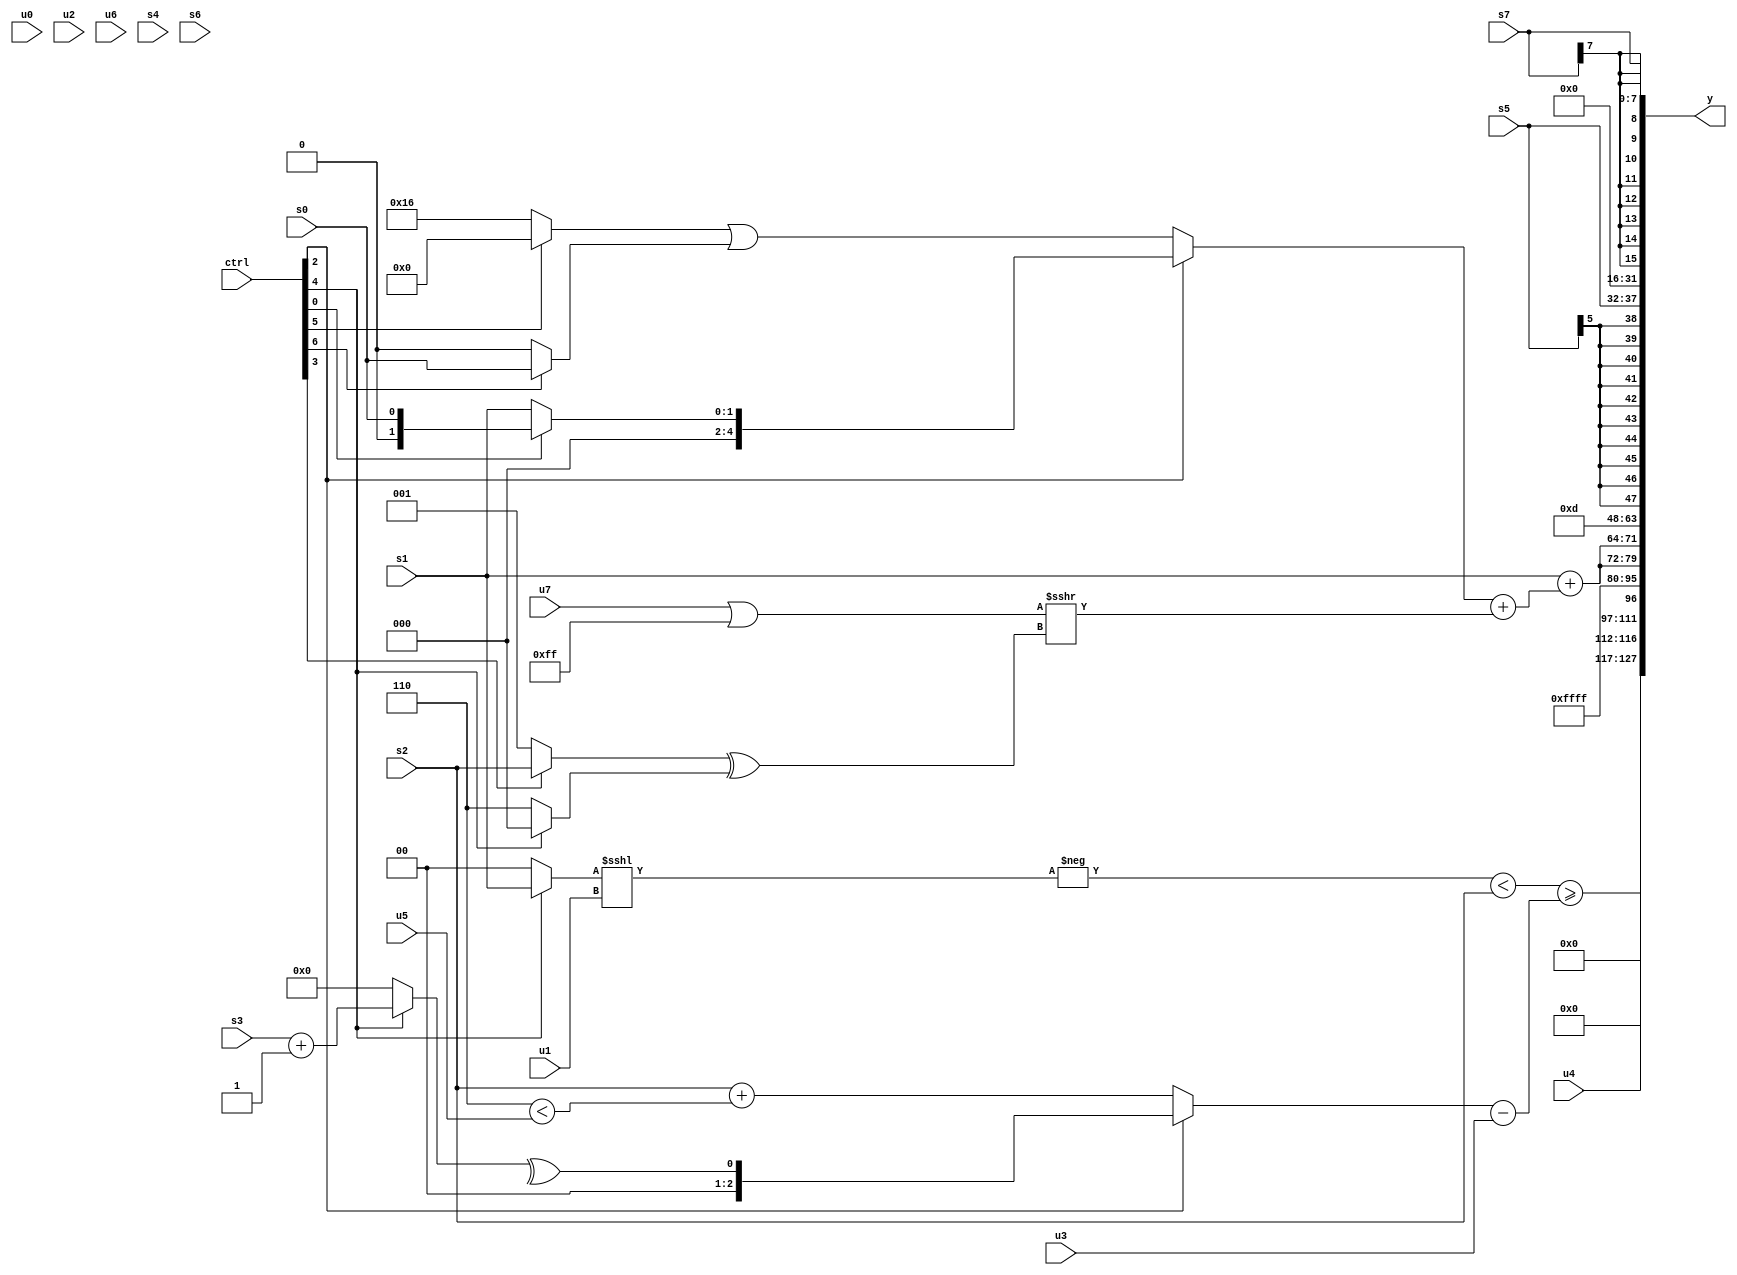
module wideexpr_00171(ctrl, u0, u1, u2, u3, u4, u5, u6, u7, s0, s1, s2, s3, s4, s5, s6, s7, y);
  input [7:0] ctrl;
  input [0:0] u0;
  input [1:0] u1;
  input [2:0] u2;
  input [3:0] u3;
  input [4:0] u4;
  input [5:0] u5;
  input [6:0] u6;
  input [7:0] u7;
  input signed [0:0] s0;
  input signed [1:0] s1;
  input signed [2:0] s2;
  input signed [3:0] s3;
  input signed [4:0] s4;
  input signed [5:0] s5;
  input signed [6:0] s6;
  input signed [7:0] s7;
  output [127:0] y;
  wire [15:0] y0;
  wire [15:0] y1;
  wire [15:0] y2;
  wire [15:0] y3;
  wire [15:0] y4;
  wire [15:0] y5;
  wire [15:0] y6;
  wire [15:0] y7;
  assign y = {y0,y1,y2,y3,y4,y5,y6,y7};
  assign y0 = u4;
  assign y1 = ((-(+(($unsigned((ctrl[4]?s1:1'b0)))<<<(u1))))<(s2))>=(((ctrl[2]?^($signed((ctrl[4]?(s3)+(1'sb1):$signed(2'sb00)))):$unsigned((s2)+($signed((4'b0110)<(u5))))))-(u3));
  assign y2 = 2'sb11;
  assign y3 = {3{(s1)+(((ctrl[2]?+((ctrl[0]?(1'sb1)&(s0):+(s1))):(+((ctrl[5]?3'sb000:6'sb010110)))|((ctrl[6]?s0:(4'sb0000)>>>(4'sb1011)))))+(((+(u7))|(((6'sb110111)&(4'sb0010))^~(2'sb10)))>>>(((ctrl[3]?s2:2'sb01))^((ctrl[4]?+(1'b0):-(2'sb10))))))}};
  assign y4 = 6'sb001101;
  assign y5 = $signed(s5);
  assign y6 = (|((s7)&(5'sb00110)))<<<(6'sb101011);
  assign y7 = s7;
endmodule